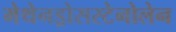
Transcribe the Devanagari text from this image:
मेथेनड्रोसस्टेनोलेन